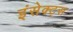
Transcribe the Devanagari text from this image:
इंसेक्ट्स